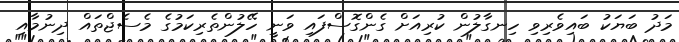
މަދު ބަޔަކު ބައިވެރިވި ހިނގާލުން ކުރިއަށް ގެންގޮސްފައި ވަނީ ހޭލުންތެރިކަމުގެ މެސެޖްތައް ދިނުމާއި